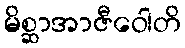
မိစ္ဆာအာဇီဝေါတိ